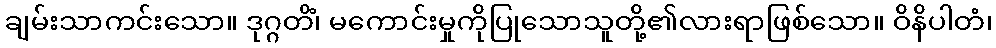
ချမ်းသာကင်းသော။ ဒုဂ္ဂတိံ၊ မကောင်းမှုကိုပြုသောသူတို့၏လားရာဖြစ်သော။ ဝိနိပါတံ၊